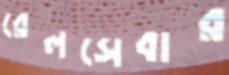
রেলসেবার